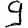
Digit: 9